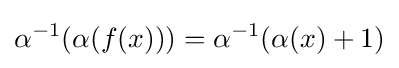
\alpha ^{-1}(\alpha (f(x)))=\alpha ^{-1}(\alpha (x)+1)